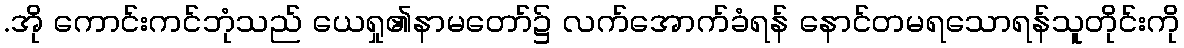
.အို ကောင်းကင်ဘုံသည် ယေရှု၏နာမတော်၌ လက်အောက်ခံရန် နောင်တမရသောရန်သူတိုင်းကို